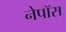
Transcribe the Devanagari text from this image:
नेपॉस